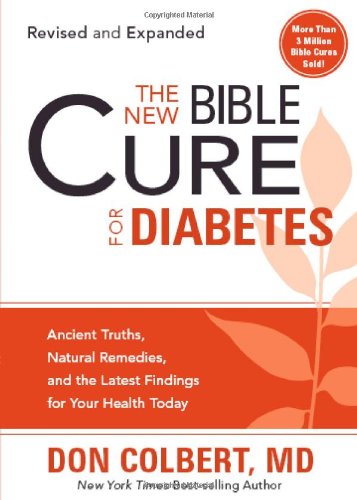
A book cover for The New Bible Cure For Diabetes: Ancient Truths, Natural Remedies, and the Latest Findings for Your Health Today (New Bible Cure (Siloam)); Don Colbert MD; Health, Fitness & Dieting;